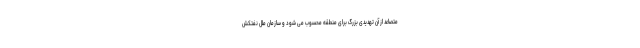
متصاعد از آن تهدیدی بزرگ برای منطقه محسوب می شود و سازمان ملل نفتکش